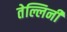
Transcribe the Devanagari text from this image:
तेल्लिनी